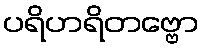
ပရိဟရိတဗ္ဗော